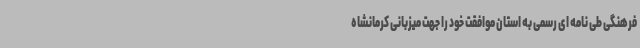
فرهنگی طی نامه ای رسمی به استان موافقت خود را جهت میزبانی کرمانشاه